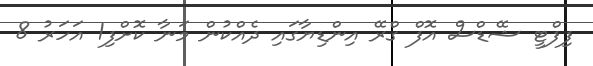
ފިފްޓީ ޝޭޑްސް އޮފް ގްރޭ އިންޑިޔާގައި ދެއްކުން މަނާ ކޮށްފި1 އަހަރު 8